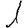
Digit: 1